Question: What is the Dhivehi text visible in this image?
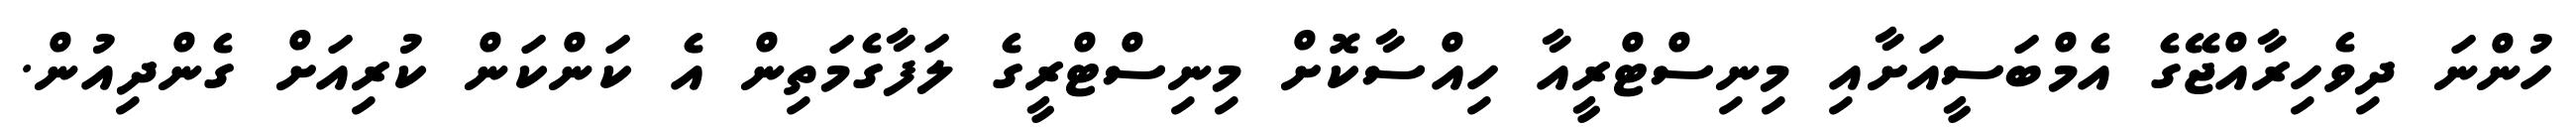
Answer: ހުންނަ ދިވެހިރާއްޖޭގެ އެމްބަސީއަށާއި މިނިސްޓްރީއާ ހިއްސާކޮށް މިނިސްޓްރީގެ ލަފާގެމަތިން އެ ކަންކަން ކުރިއަށް ގެންދިއުން.